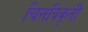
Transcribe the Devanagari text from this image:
चित्तविकृती